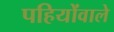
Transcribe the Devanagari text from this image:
पहियोंवाले